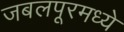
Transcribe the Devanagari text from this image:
जबलपूरमध्ये